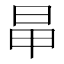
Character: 𣅼